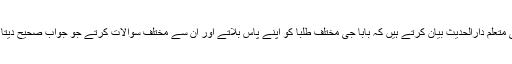
حافظ اسداللہ سبحانی متعلم دارالحدیث بیان کرتے ہیں کہ بابا جی مختلف طلبا کو اپنے پاس بلاتے اور ان سے مختلف سوالات کرتے جو جواب صحیح دیتا اس کو انعام دیتے ۔